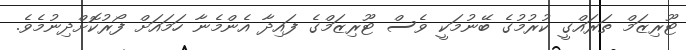
ޓޫރިޒަމް ތަރައްގީ ކުރުމުގެ ބޭނުމަކީ ވެސް ޓޫރިޒަމްގެ ފައިދާ އެންމެނާ ހަމައަށް ފޯރުކޮށްދިނުމެވެ.